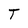
Character: T